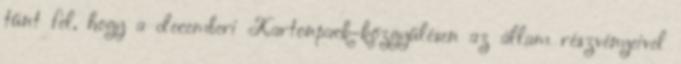
tűnt fel, hogy a decemberi Kartonpack-közgyűlésen az állam részvényeivel